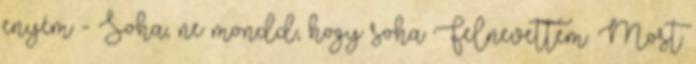
enyém - Soha, ne mondd, hogy soha Felnevettem. Most